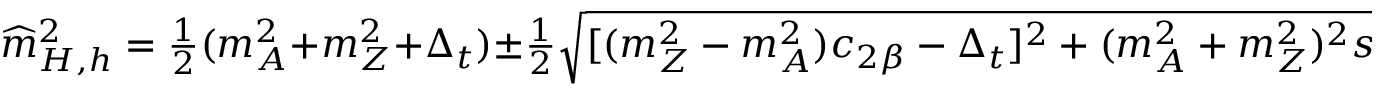
\widehat { m } _ { H , h } ^ { 2 } = { \textstyle { \frac { 1 } { 2 } } } ( m _ { A } ^ { 2 } + m _ { Z } ^ { 2 } + \Delta _ { t } ) \pm { \textstyle { \frac { 1 } { 2 } } } \sqrt { [ ( m _ { Z } ^ { 2 } - m _ { A } ^ { 2 } ) c _ { 2 \beta } - \Delta _ { t } ] ^ { 2 } + ( m _ { A } ^ { 2 } + m _ { Z } ^ { 2 } ) ^ { 2 } s _ { 2 \beta } ^ { 2 } } \, ,